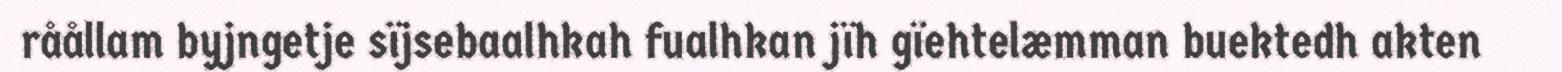
råållam byjngetje sïjsebaalhkah fualhkan jïh gïehtelæmman buektedh akten